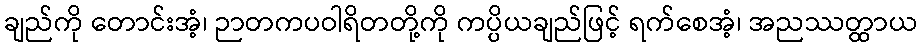
ချည်ကို တောင်းအံ့၊ ဉာတကပဝါရိတတို့ကို ကပ္ပိယချည်ဖြင့် ရက်စေအံ့၊ အညဿတ္ထာယ